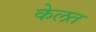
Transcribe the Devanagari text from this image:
केलत